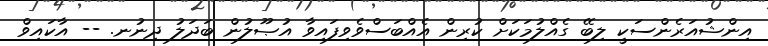
އިންޝުއަރެންސަކީ ލިބޭ ގެއްލުމަކަށް ކުރިން އެއްބަސްވެވިފައިވާ އުޞޫލުން ބަދަލު ދިނުނ. -- އާކައިވް